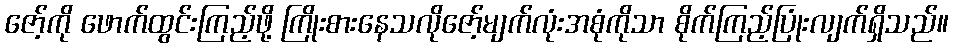
ဇော့်ကို ဖောက်ထွင်းကြည့်ဖို့ ကြိုးစားနေသလိုဇော့်မျက်လုံးအစုံကိုသာ စိုက်ကြည့်ပြုံးလျက်ရှိသည်။